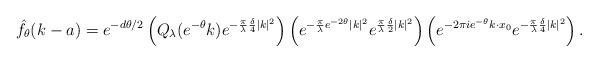
LaTeX: \begin{align*} \hat{f}_\theta(k-a) = e^{-d \theta/2} \left( Q_\lambda(e^{-\theta }k ) e^{-\frac{\pi }{ \lambda } \frac{ \delta }{4} |k|^2} \right) \left( e^{-\frac{\pi}{\lambda} e^{-2\theta }|k|^2} e^{ \frac{\pi }{\lambda} \frac{\delta}{ 2} |k|^2} \right) \left( e^{ - 2 \pi i e^{-\theta }k \cdot x_0 } e^{- \frac{\pi }{\lambda}\frac{\delta}{4} |k|^2} \right) . \end{align*}